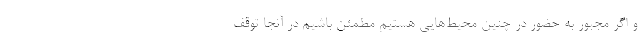
و اگر مجبور به حضور در چنین محیط‌هایی هستیم مطمئن باشیم در آنجا توقف